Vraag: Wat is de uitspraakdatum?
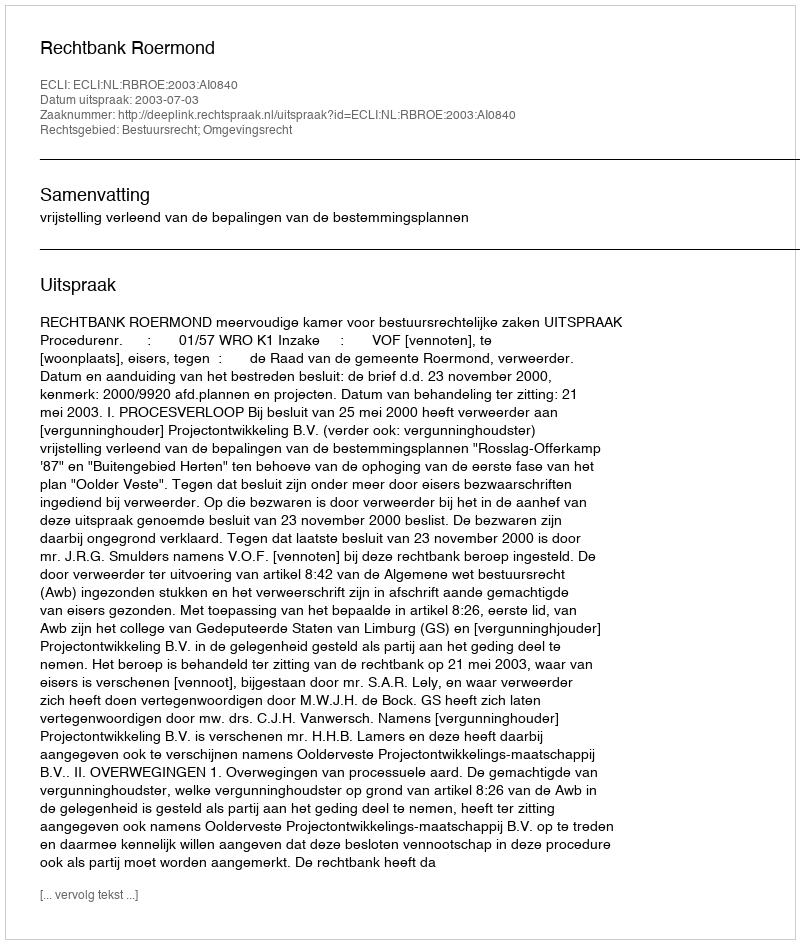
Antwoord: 2003-07-03